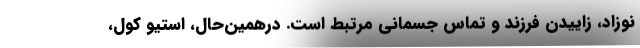
نوزاد، زاییدن فرزند و تماس جسمانی مرتبط است. درهمین‌حال، استیو کول،